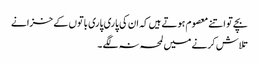
بچے تو اتنے معصوم ہوتے ہیں کہ ان کی پاری پاری باتوں کے خزانے
تلاش کرنے میں لمحہ نہ لگے ۔